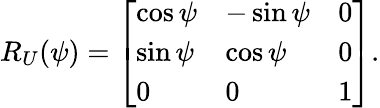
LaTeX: R_{U}(\psi)=\left[\begin{array}{lll}{\cos\psi}&{-\sin\psi}&{0}\\ {\sin\psi}&{\cos\psi}&{0}\\ {0}&{0}&{1}\end{array}\right].